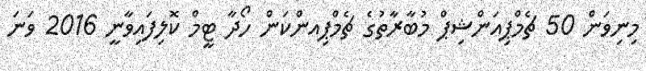
މިނިވަން 50 ޗެމްޕިއަންޝިޕް މުބާރާތުގެ ޗެމްޕިއންކަން ހޯދާ ޓީމް ކޮލިފައިވާނީ 2016 ވަނަ